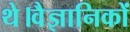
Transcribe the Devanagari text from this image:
थे।वैज्ञानिकों